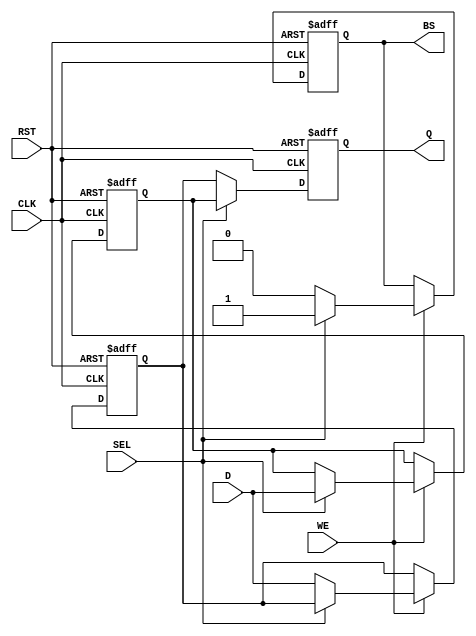
module double_buffer_register (
    input wire [7:0] D,        // Data In
    input wire WE,             // Write Enable
    input wire CLK,            // Clock
    input wire SEL,            // Select
    input wire RST,            // Reset
    output reg [7:0] Q,        // Data Out
    output reg BS              // Buffer Status
);

    // Internal registers for the two buffers
    reg [7:0] buffer0;
    reg [7:0] buffer1;

    // Asynchronous reset and write logic
    always @(posedge CLK or posedge RST) begin
        if (RST) begin
            // Reset both buffers to zero
            buffer0 <= 8'b0;
            buffer1 <= 8'b0;
            Q <= 8'b0;
            BS <= 1'b0; // Default to Buffer 0 active
        end else begin
            // Write to the selected buffer if Write Enable is high
            if (WE) begin
                if (SEL) begin
                    buffer1 <= D; // Write to Buffer 1
                    BS <= 1'b1;   // Buffer 1 is active
                end else begin
                    buffer0 <= D; // Write to Buffer 0
                    BS <= 1'b0;   // Buffer 0 is active
                end
            end
            
            // Read from the selected buffer
            if (SEL) begin
                Q <= buffer1; // Read from Buffer 1
            end else begin
                Q <= buffer0; // Read from Buffer 0
            end
        end
    end

endmodule